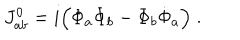
J _ { a b } ^ { 0 } = i \Big ( \Phi _ { a } \dot { \Phi } _ { b } - \Phi _ { b } \dot { \Phi } _ { a } \Big ) \; .